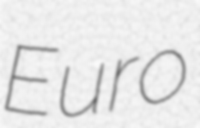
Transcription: Euro